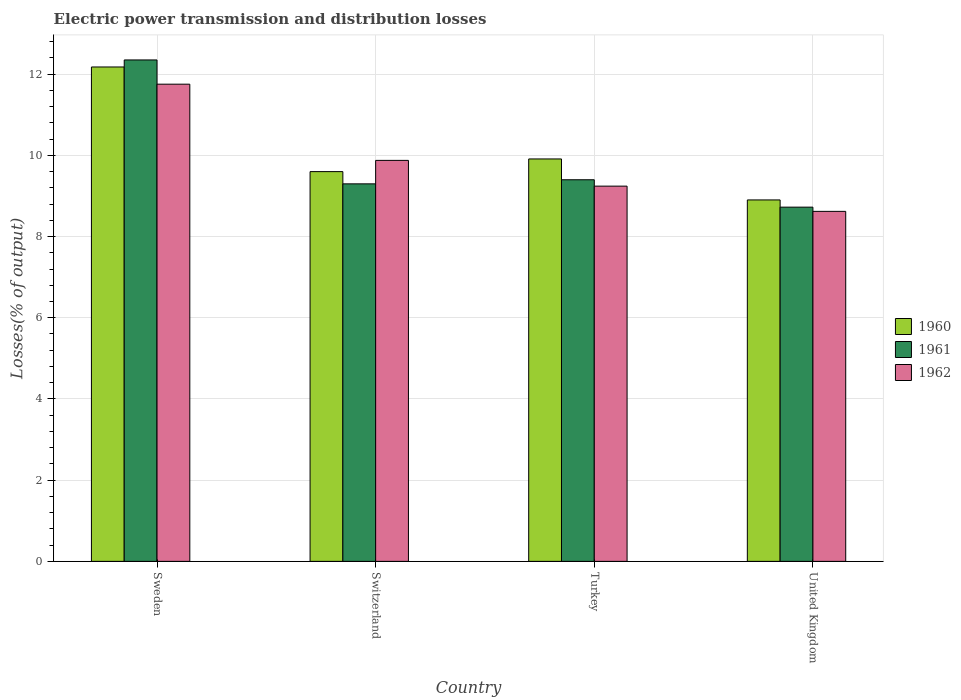
| Country | 1960 | 1961 | 1962 |
 | --- | --- | --- | --- |
 | Sweden | 12.2 | 12.3 | 11.8 |
 | Switzerland | 9.6 | 9.3 | 9.88 |
 | Turkey | 9.91 | 9.4 | 9.24 |
 | United Kingdom | 8.9 | 8.72 | 8.62 |